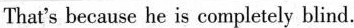
That's because he is eonmpletely blind.